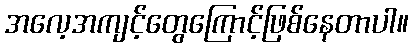
အလေ့အကျင့်တွေကြောင့်ဖြစ်နေတာပါ။